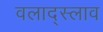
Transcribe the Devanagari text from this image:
वलाद्स्लाव